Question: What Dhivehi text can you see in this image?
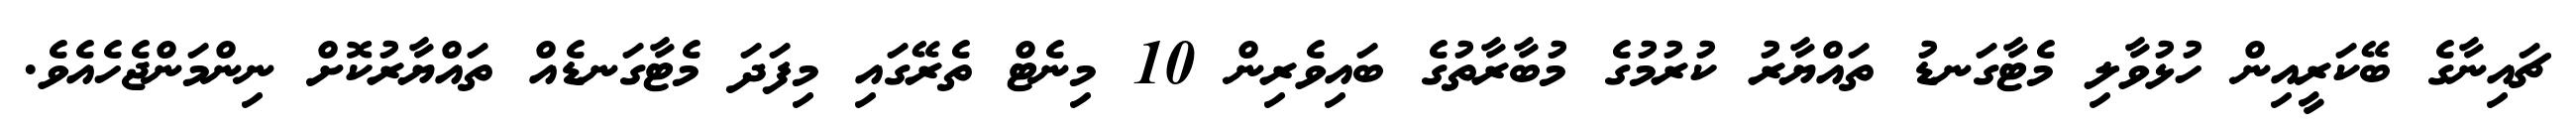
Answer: ޗައިނާގެ ބޭކަރީއިން ހުޅުވާލި މެޓާގަނޑު ތައްޔާރު ކުރުމުގެ މުބާރާތުގެ ބައިވެރިން 10 މިނެޓް ތެރޭގައި މިފަދަ މެޓާގަނޑެއް ތައްޔާރުކޮށް ނިންމަންޖެހެއެވެ.